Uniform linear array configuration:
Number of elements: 8
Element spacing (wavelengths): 0.5
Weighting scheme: kaiser
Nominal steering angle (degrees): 60
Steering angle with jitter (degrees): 59.669
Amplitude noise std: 0.05
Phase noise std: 0.05

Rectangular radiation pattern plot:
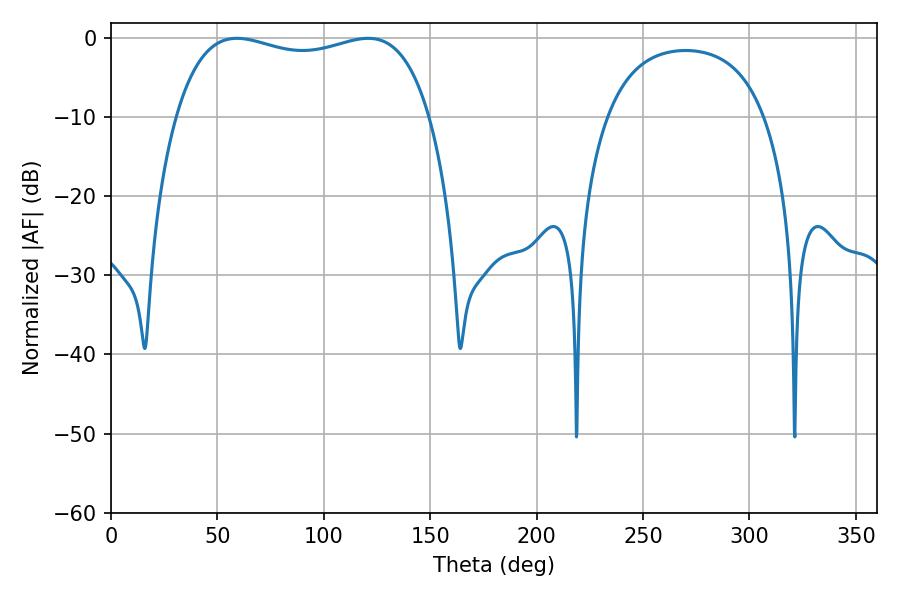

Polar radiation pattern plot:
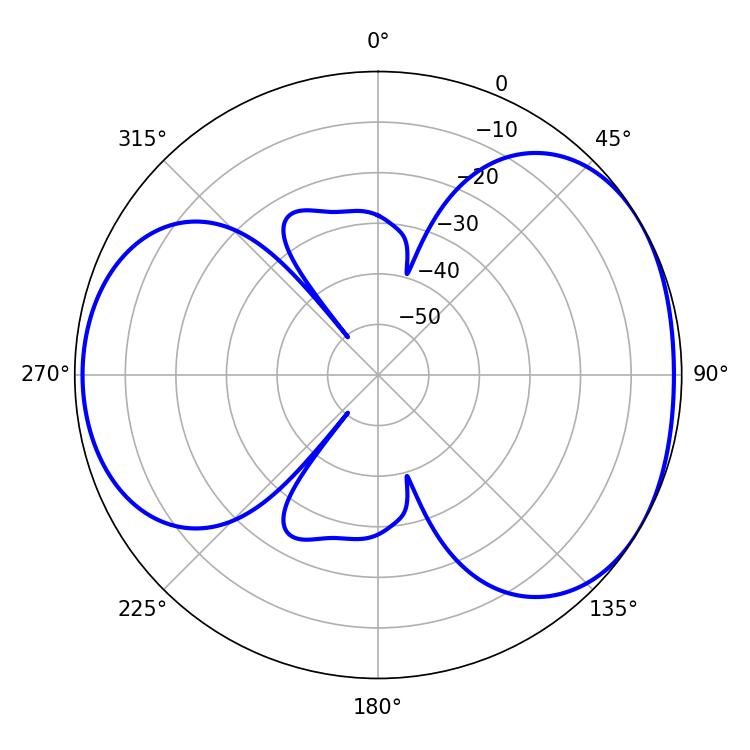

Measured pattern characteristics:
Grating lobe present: FALSE
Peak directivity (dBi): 4.364
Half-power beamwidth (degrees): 97.2
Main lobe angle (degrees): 59.22